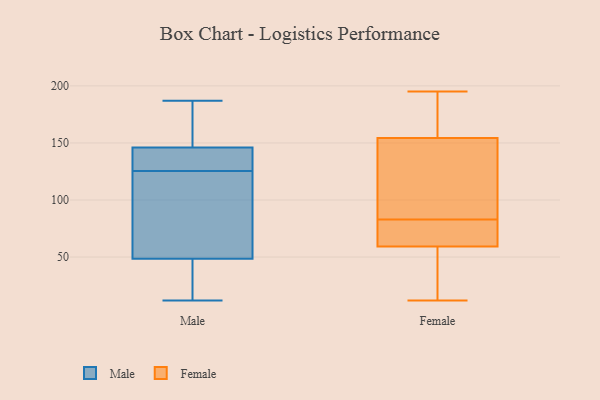
{"axis": {"x": "Backlog", "y": "Value"}, "legend": ["Female", "Male"], "data": [{"x": "", "y": 176, "type": "Male"}, {"x": "", "y": 40, "type": "Male"}, {"x": "", "y": 110, "type": "Male"}, {"x": "", "y": 143, "type": "Male"}, {"x": "", "y": 57, "type": "Male"}, {"x": "", "y": 23, "type": "Male"}, {"x": "", "y": 187, "type": "Male"}, {"x": "", "y": 144, "type": "Male"}, {"x": "", "y": 29, "type": "Male"}, {"x": "", "y": 148, "type": "Male"}, {"x": "", "y": 142, "type": "Male"}, {"x": "", "y": 12, "type": "Male"}, {"x": "", "y": 170, "type": "Male"}, {"x": "", "y": 116, "type": "Male"}, {"x": "", "y": 131, "type": "Male"}, {"x": "", "y": 120, "type": "Male"}, {"x": "", "y": 134, "type": "Female"}, {"x": "", "y": 128, "type": "Female"}, {"x": "", "y": 161, "type": "Female"}, {"x": "", "y": 78, "type": "Female"}, {"x": "", "y": 59, "type": "Female"}, {"x": "", "y": 114, "type": "Female"}, {"x": "", "y": 172, "type": "Female"}, {"x": "", "y": 60, "type": "Female"}, {"x": "", "y": 194, "type": "Female"}, {"x": "", "y": 195, "type": "Female"}, {"x": "", "y": 83, "type": "Female"}, {"x": "", "y": 37, "type": "Female"}, {"x": "", "y": 78, "type": "Female"}, {"x": "", "y": 55, "type": "Female"}, {"x": "", "y": 12, "type": "Female"}]}